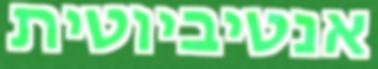
אנטיביוטית